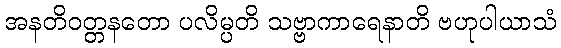
အနတိဝတ္တနတော ပလိမ္ပတိ သဗ္ဗာကာရေနာတိ ဗဟုပါယာသံ